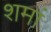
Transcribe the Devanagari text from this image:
शमां